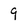
Character: 9